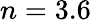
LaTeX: n=3.6